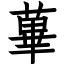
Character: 蓽